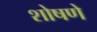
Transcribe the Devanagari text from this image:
शोषणे